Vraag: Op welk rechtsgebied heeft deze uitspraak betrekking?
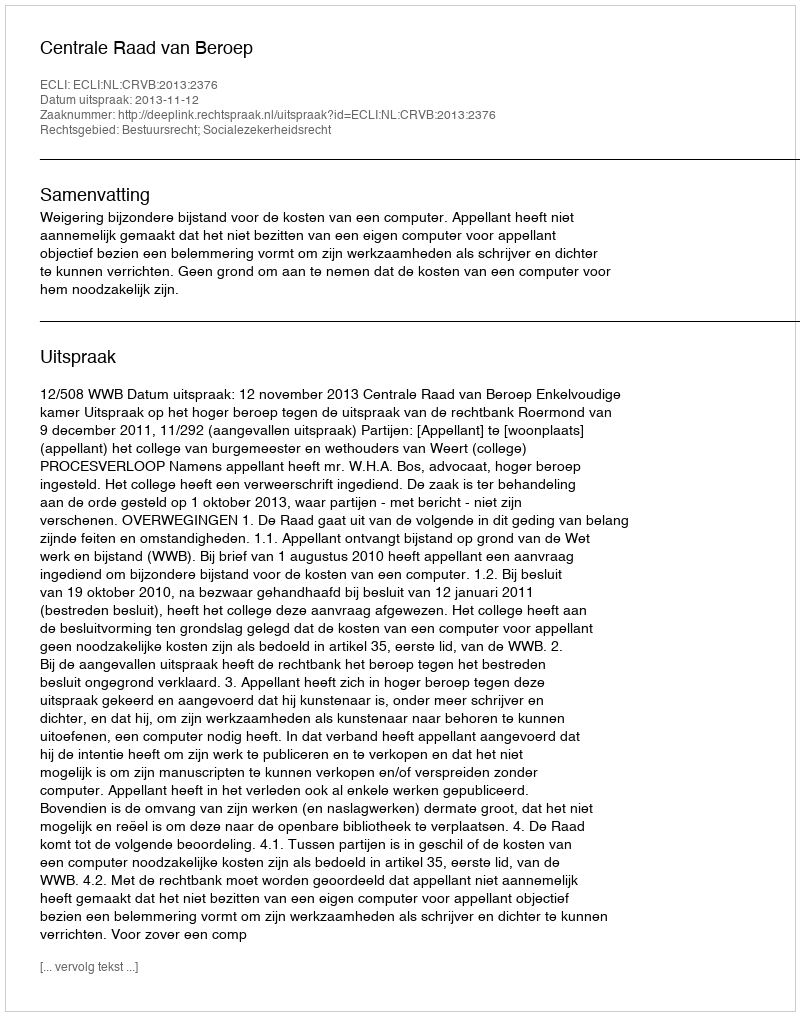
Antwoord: Bestuursrecht; Socialezekerheidsrecht